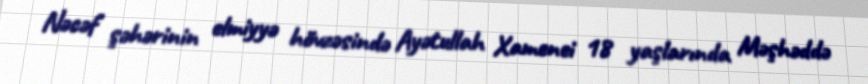
Nəcəf şəhərinin elmiyyə hövzəsində Ayətullah Xamenei 18 yaşlarında Məşhəddə